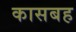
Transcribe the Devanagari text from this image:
कासबह